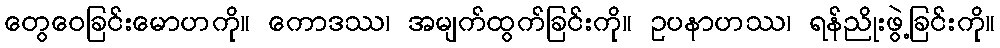
တွေဝေခြင်းမောဟကို။ ကောဒဿ၊ အမျက်ထွက်ခြင်းကို။ ဥပနာဟဿ၊ ရန်ညိုးဖွဲ့ခြင်းကို။